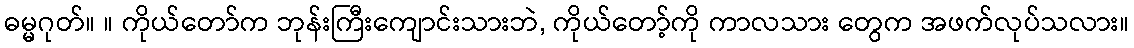
ဓမ္မဂုတ်။ ။ ကိုယ်တော်က ဘုန်းကြီးကျောင်းသားဘဲ, ကိုယ်တော့်ကို ကာလသား တွေက အဖက်လုပ်သလား။